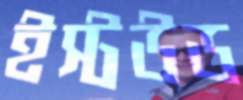
ইস্টউড